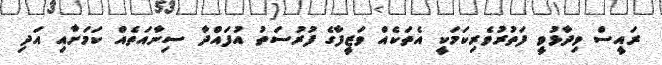
ރައީސް ވިދާޅުވީ ފަތުރުވެރިކަމަކީ އެތަކެއް ވަޒީފާގެ ފުރުސަތު އުފައްދާ ސިނާއަތެއް ކަމަށާއި އަދި